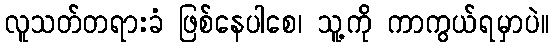
လူသတ်တရားခံ ဖြစ်နေပါစေ၊ သူ့ကို ကာကွယ်ရမှာပဲ။